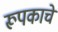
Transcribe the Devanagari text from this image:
रूपकाचे